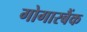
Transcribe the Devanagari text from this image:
गोगारबैंक